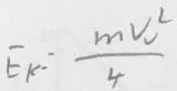
E _ { k } = \frac { m v _ { o } ^ { 2 } } { 4 }